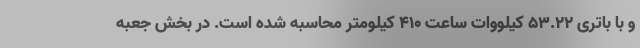
و با باتری 53.22 کیلووات ساعت 410 کیلومتر محاسبه شده است. در بخش جعبه